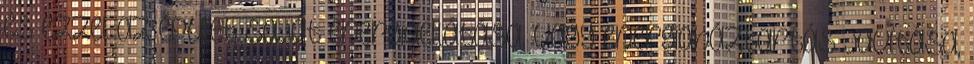
és ezzel az épület saját energiaellátása, vagy energiaháztartás javítása,